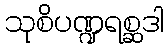
သုစိပဏ္ဍရစ္ဆဒါ